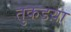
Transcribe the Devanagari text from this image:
तुकडय़ा